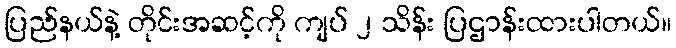
ပြည်နယ်နဲ့ တိုင်းအဆင့်ကို ကျပ် ၂ သိန်း ပြဌာန်းထားပါတယ်။